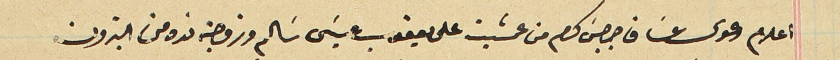
اعلام دعوى عسَاف جرجسَ كرم من عمشيت على يعقوب عيسَى سَالم وزوجته نده من البترون